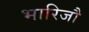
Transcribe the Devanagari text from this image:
भारिजौ